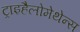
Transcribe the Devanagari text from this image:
ट्राइहैलोमेथेन्स